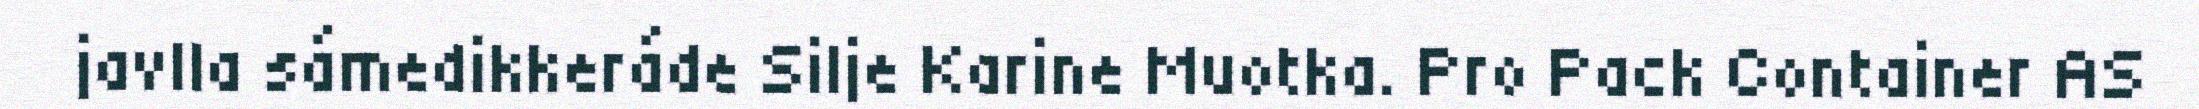
javlla sámedikkeráde Silje Karine Muotka. Pro Pack Container AS